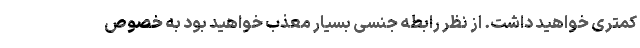
کمتری خواهید داشت. از نظر رابطه جنسی بسیار معذب خواهید بود به خصوص